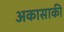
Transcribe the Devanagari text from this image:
अकासाकी